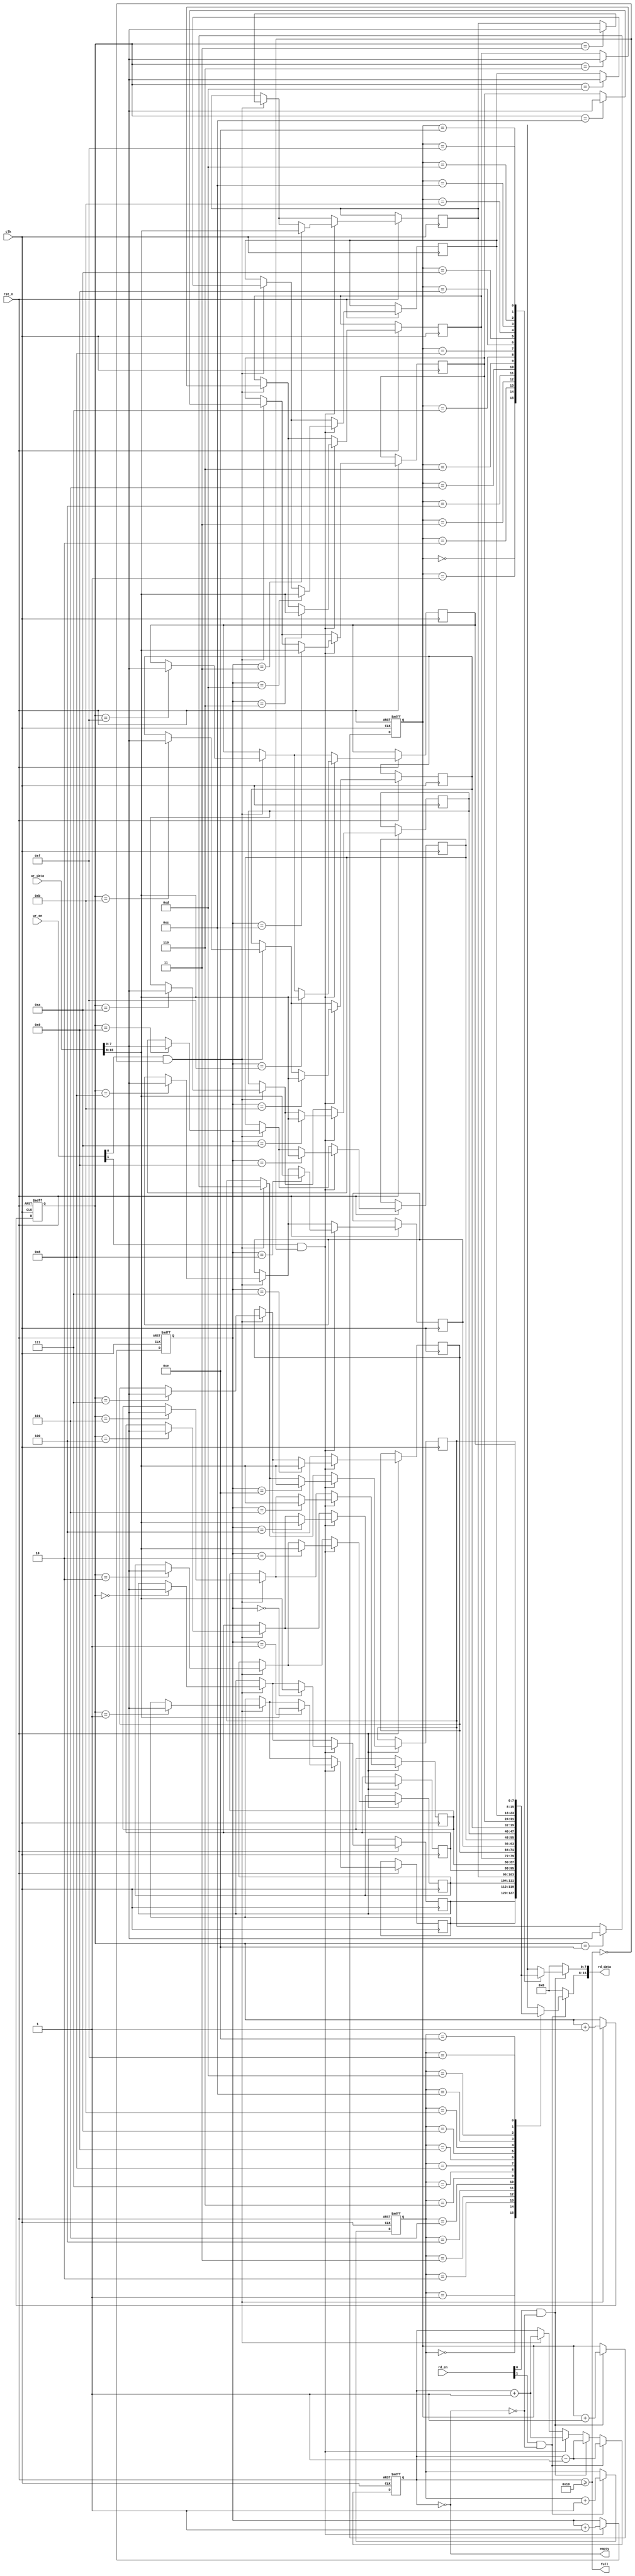
module multiport_fifo #
(
    parameter N = 8, // Data width
    parameter D = 16, // Depth
    parameter P = 2   // Port count
)
(
    input wire clk,
    input wire rst_n,
    
    // Write Ports
    input wire [P-1:0] wr_en, // Write enable for each port
    input wire [N*P-1:0] wr_data, // Write data for each port
    
    // Read Ports
    input wire [P-1:0] rd_en, // Read enable for each port
    output wire [N*P-1:0] rd_data, // Read data for each port
    
    // Status Flags
    output wire full,
    output wire empty
);

    // Memory array
    reg [N-1:0] fifo_mem [0:D-1];

    // Pointers
    reg [$clog2(D)-1:0] wr_ptr [0:P-1];
    reg [$clog2(D)-1:0] rd_ptr [0:P-1];
    reg [P-1:0] count;

    // Full and empty flags
    wire [P-1:0] full_flag;
    wire [P-1:0] empty_flag;

    // Initialize pointers and counters
    integer i;
    always @(posedge clk or negedge rst_n) begin
        if (!rst_n) begin
            for (i = 0; i < P; i = i + 1) begin
                wr_ptr[i] <= 0;
                rd_ptr[i] <= 0;
            end
            count <= 0;
        end else begin
            // Write logic
            for (i = 0; i < P; i = i + 1) begin
                if (wr_en[i] && !full_flag[i]) begin
                    fifo_mem[wr_ptr[i]] <= wr_data[N*(i+1)-1:N*i]; // Write data
                    wr_ptr[i] <= wr_ptr[i] + 1;
                    count <= count + 1;
                end
            end

            // Read logic
            for (i = 0; i < P; i = i + 1) begin
                if (rd_en[i] && !empty_flag[i]) begin
                    rd_ptr[i] <= rd_ptr[i] + 1;
                    count <= count - 1;
                end
            end
        end
    end

    // Full and empty logic
    assign full = (count >= D);
    assign empty = (count == 0);

    // Generate full and empty flags for each port
    genvar j;
    generate
        for (j = 0; j < P; j = j + 1) begin : gen_full_empty
            assign full_flag[j] = (count >= D);
            assign empty_flag[j] = (count == 0);
            assign rd_data[N*(j+1)-1:N*j] = (rd_en[j] && !empty_flag[j]) ? fifo_mem[rd_ptr[j]] : {N{1'b0}};
        end
    endgenerate

endmodule